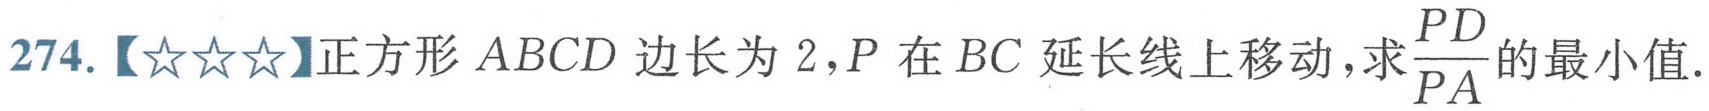
274.【\(☆☆☆\)】正方形\(ABCD\)边长为\(2\)，\(P\)在\(BC\)延长线上移动，求\(\dfrac{PD}{PA}\)的最小值.